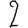
Digit: 2